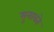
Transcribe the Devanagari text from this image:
सुनावते